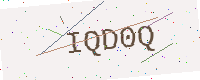
Text: IQD0Q